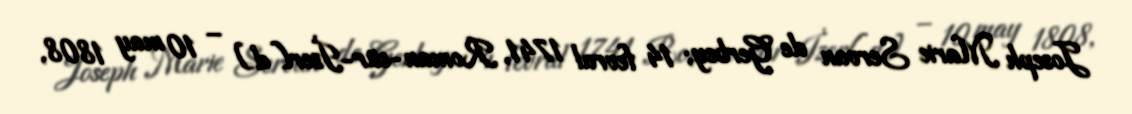
Joseph Marie Servan de Gerbey; 14 fevral 1741, Roman-sür-İzer[d] – 10 may 1808,